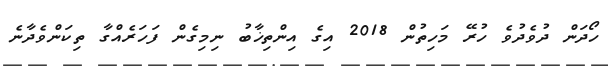
ހޯދަން ދުވެދުވެ ހުރޭ މަހިތުން 2018 އިގެ އިންތިޚާބު ނިމިގެން ފަހަރެއްގާ ތިކަންވެދާނެ